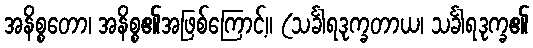
အနိစ္စတော၊ အနိစ္စ၏အဖြစ်ကြောင့်။ (သင်္ခါရဒုက္ခတာယ၊ သင်္ခါရဒုက္ခ၏